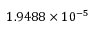
1 . 9 4 8 8 \times { 1 0 ^ { - 5 } }